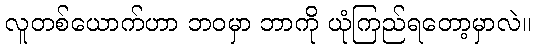
လူတစ်ယောက်ဟာ ဘဝမှာ ဘာကို ယုံကြည်ရတော့မှာလဲ။